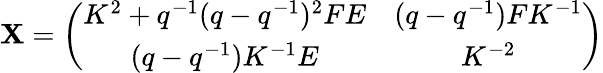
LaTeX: \mathbf{X}=\left(\begin{array}{cc}{{K^{2}+q^{-1}(q-q^{-1})^{2}FE}}&{{(q-q^{-1})FK^{-1}}}\\ {{(q-q^{-1})K^{-1}E}}&{{K^{-2}}}\end{array}\right)